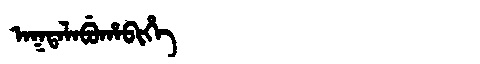
Manchu: ᠠᡴᡨᠠᠯᠠᠪᡠᡥᠠᠪᡳᡥᡝ
Romanization: AKTALABUHABIHE